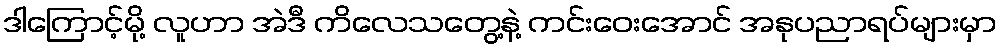
ဒါကြောင့်မို့ လူဟာ အဲဒီ ကိလေသတွေ့နဲ့ ကင်းဝေးအောင် အနုပညာရပ်များမှာ